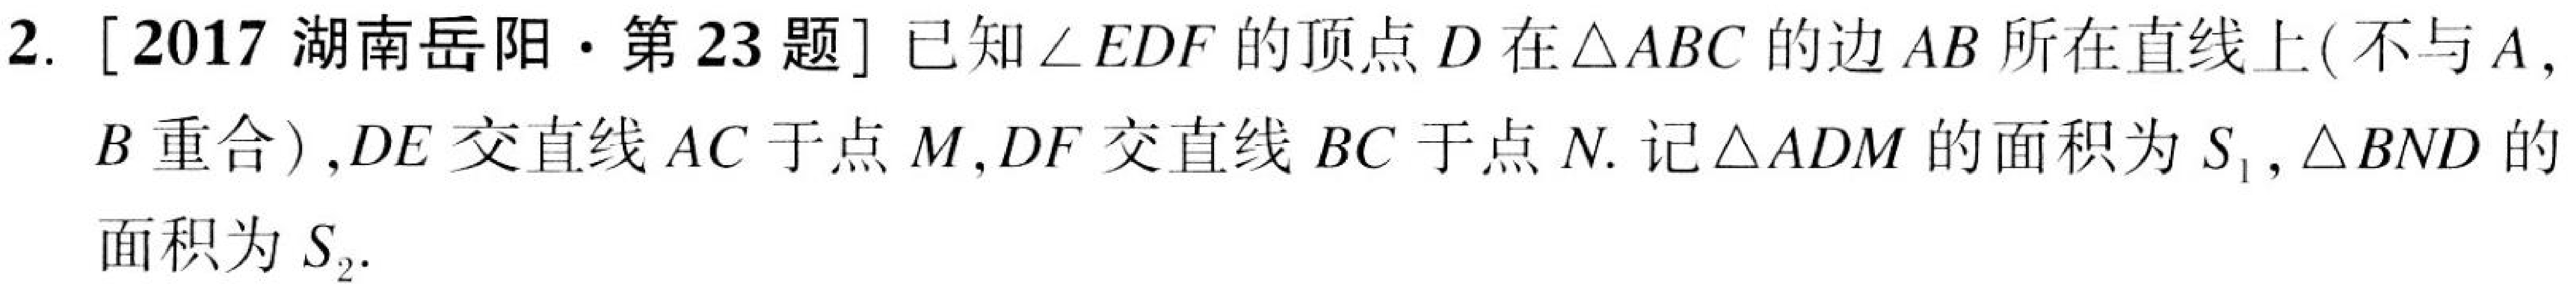
2. [2017 湖南岳阳·第23题] 已知\(\angle EDF\)的顶点\(D\)在\(\triangle ABC\)的边\(AB\)所在直线上(不与\(A\), \(B\)重合), \(DE\)交直线\(AC\)于点\(M\), \(DF\)交直线\(BC\)于点\(N\). 记\(\triangle ADM\)的面积为\(S_{1}\), \(\triangle BND\)的面积为\(S_{2}\).